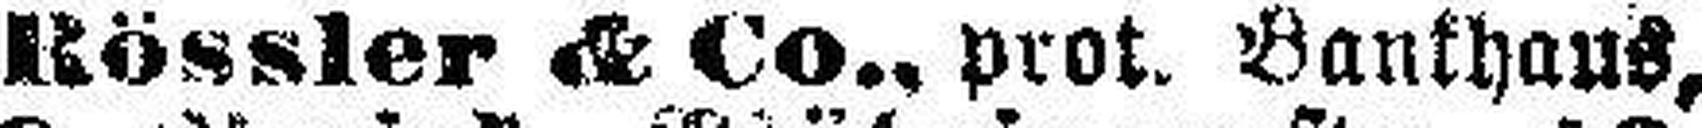
Rössler & Co., prot. Bankhaus,